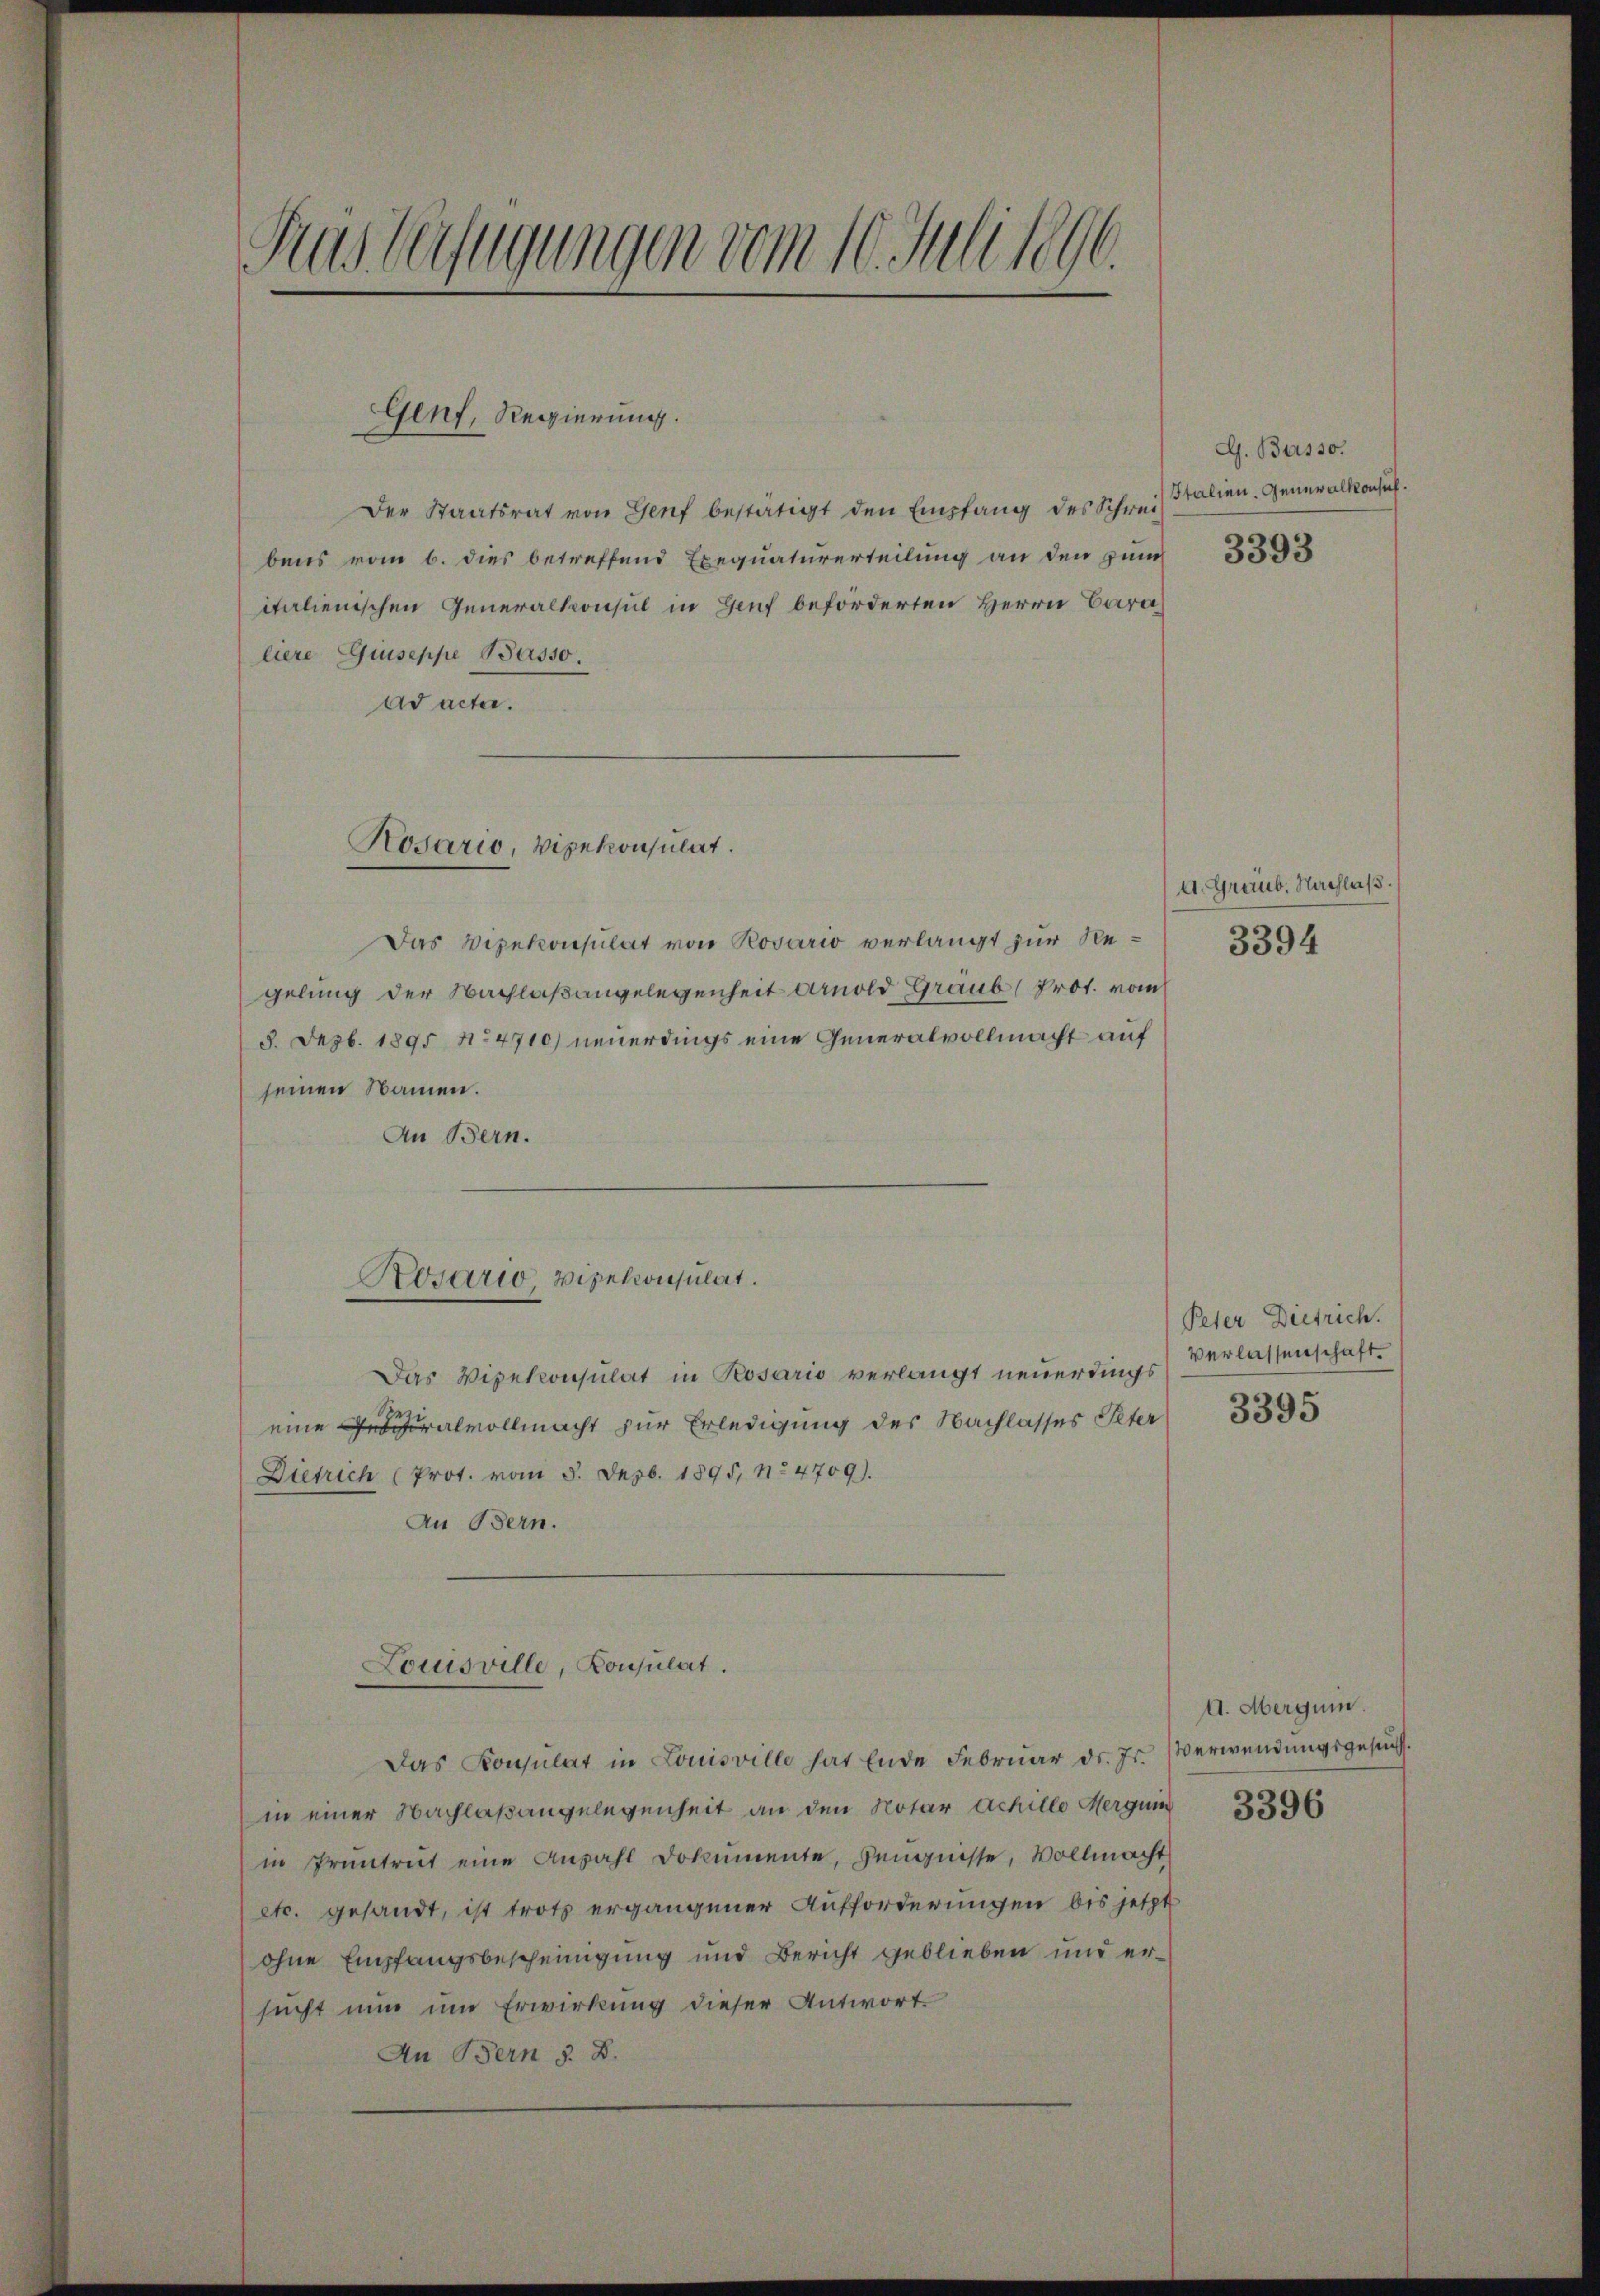
Fus Verfügungen vom 10. Juli 1896.

Genf, Regierung.

Der Staatsrat von Genf bestätigt den Empfang des Schrei
bens vom 6. dies betreffend Exequaturerteilung an den zum
italienischen Generalkonsul in Genf beförderten Herrn Cara
liere Guseppe Basso.
ad acte.
Rosario, Vizekonsulat.

Rosario, Vizekonsulat.

Das Vizekonsulat von Rosario verlangt zur Regelung der Nachlaßangelegenheit Arnold Graub (Prot. vom
8. Dezb. 1895 No 4710) neuerdings eine Generalvollmacht auf
seinen Namen.
An Bern.
Das Vizekonsulat in Rosaris verlangt neuerdings
eine Geralvollmacht zur Erledigung des Nachlasses Peter
Dietrich (Prot. vom 3. Dezb. 1895, 11. 4709).
An Bern.
Louisville, Konsulat.
Das Konsulat in Louisville hat Ende Februar dr. Js. Verwendungsgesucht
in einer Nachlaßangelegenheit an den Notar Achille Mergun
in Pruntrut eine Anzahl Dokumente, Zeugnisse, Vollmacht
etc. gesandt, ist trotz ergangener Aufforderungen bis jetzt
ohne Empfangsbescheinigung und Bericht geblieben und ersucht nun in Erwirkung dieser Antwort
An Bern §. 8.

G. Basso.
Italien. Generalkonses.

A. Graub. Nachlaß.
3394

Peter Dietrich.
Verlassenschaft.

3395

A. Merguin.

3396